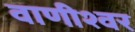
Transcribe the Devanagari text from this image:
वाणीश्वर